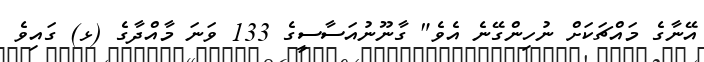
އޭނާގެ މައްޗަކަށް ނުހިންގޭނެ އެވެ" ގާނޫނުއަސާސީގެ 133 ވަނަ މާއްދާގެ (ޅ) ގައިވެ